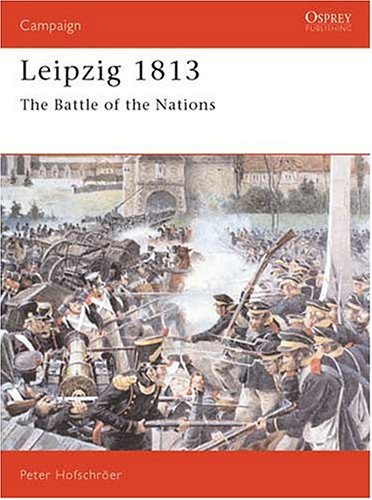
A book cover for Leipzig 1813: The Battle of the Nations (Campaign); Peter Hofschroer; History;